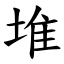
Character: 堆